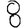
Digit: 8